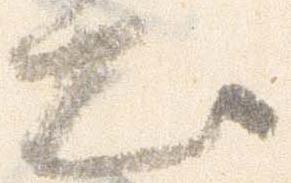
出